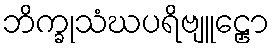
ဘိက္ခုသံဃပရိဗျူဠှော